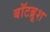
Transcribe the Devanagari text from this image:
बॉटब्रूश